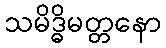
သမိဒ္ဓိမတ္တနော